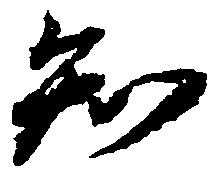
知